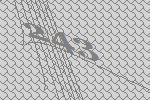
243